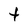
Character: t